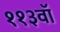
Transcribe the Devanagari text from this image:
११३वॉ